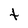
Character: t